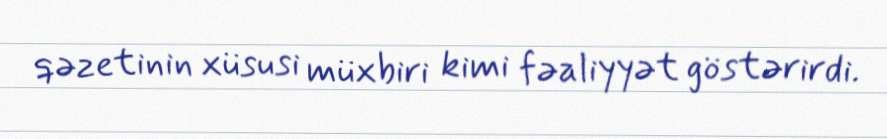
qəzetinin xüsusi müxbiri kimi fəaliyyət göstərirdi.